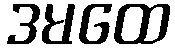
ဒမထေ